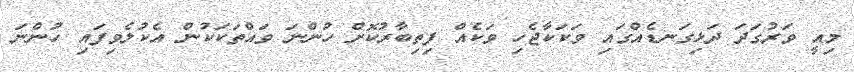
މިއީ ވަރުގަދަ ދަޅިގަނޑެއްގައި ވަކަކާޖެހި ވަކެއް ފިތިބާރުކޮށް ހުންނަ ވައްތަކަކުން އެކުލެވިފައި ހުންނަ